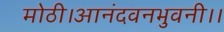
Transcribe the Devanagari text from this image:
मोठी।आनंदवनभुवनी।।